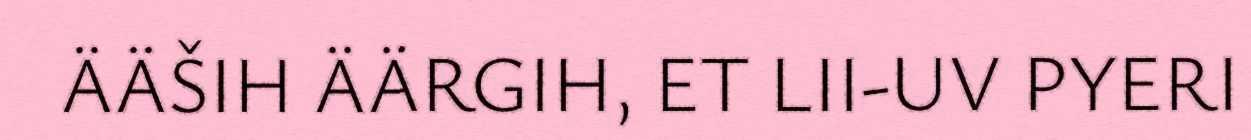
ÄÄŠIH ÄÄRGIH, ET LII-UV PYERI